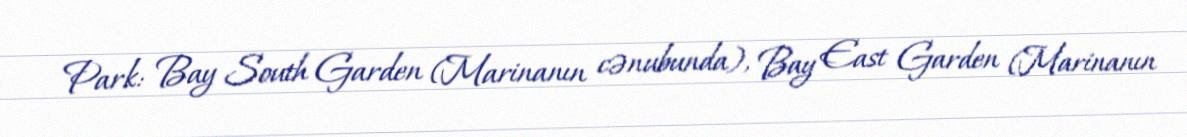
Park: Bay South Garden (Marinanın cənubunda), Bay East Garden (Marinanın